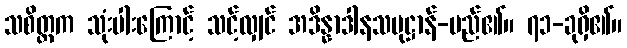
သစိတ္တက သုံးပါးကြောင့် သင့်လျှင် အဒိန္နာဒါနသမုဋ္ဌာန်-မည်၏။ ၇၁-ခုရှိ၏။